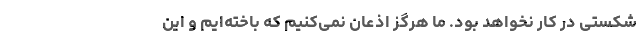
شکستی در کار نخواهد بود. ما هرگز اذعان نمی‌کنیم که باخته‌ایم و این